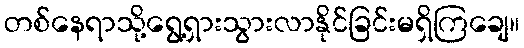
တစ်နေရာသို့ရွေ့ရှားသွားလာနိုင်ခြင်းမရှိကြချေ။